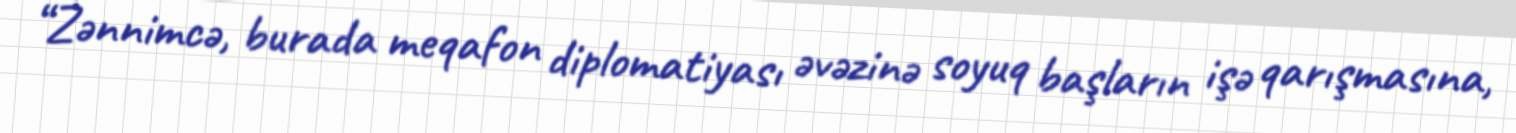
“Zənnimcə, burada meqafon diplomatiyası əvəzinə soyuq başların işə qarışmasına,